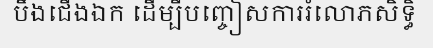
បឹងជើងឯក ដើម្បីបញ្ចៀសការរំលោភសិទ្ធិ